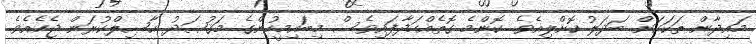
މައިދާން ތަކަކަށް ބަދަލު ކޮށްލިއެވެ. ކޮންމެ ގޮތެއްހަދާފައިވެސް މިބައިމީހުންގެ މަޤުޞަދު ޙާޞިލްކުރަން ޖެހެއެވެ.